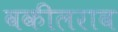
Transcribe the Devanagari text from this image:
वकीलराव